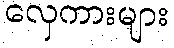
လှေကားများ